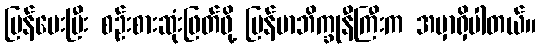
ပြန်မေးပြီး စဉ်းစားဆုံးဖြတ်ဖို့ မြန်မာဘိက္ခုနီကြီးက အမှာရှိပါတယ်။